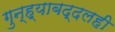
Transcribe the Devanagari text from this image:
गुन्ह्याबद्दलही